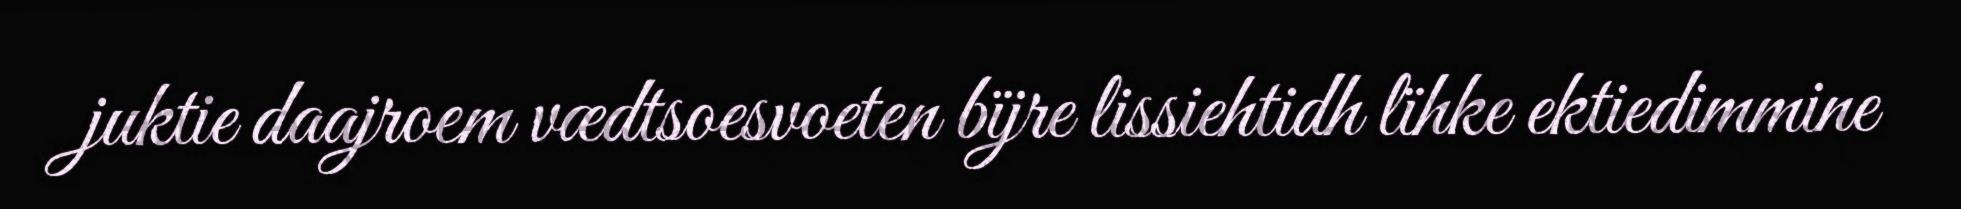
juktie daajroem vædtsoesvoeten bïjre lissiehtidh lïhke ektiedimmine